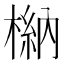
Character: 𣘆